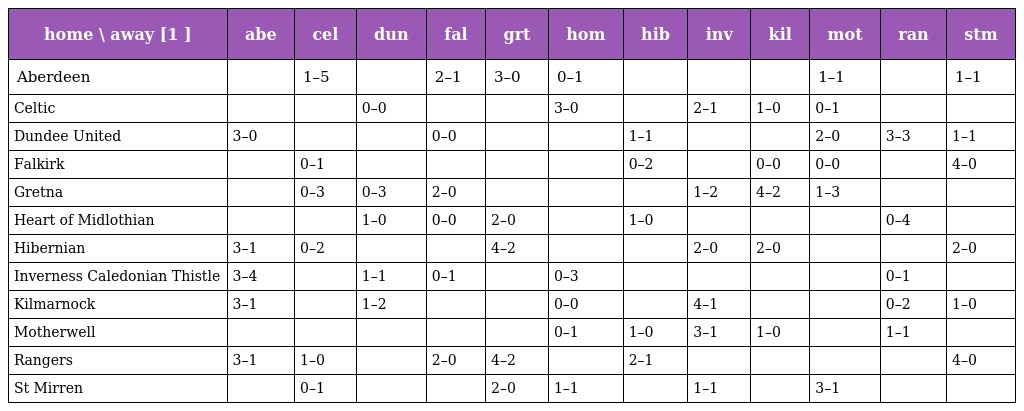
| home \ away [1 ] | abe | cel | dun | fal | grt | hom | hib | inv | kil | mot | ran | stm |
 | --- | --- | --- | --- | --- | --- | --- | --- | --- | --- | --- | --- | --- |
 | Aberdeen |  | 1–5 |  | 2–1 | 3–0 | 0–1 |  |  |  | 1–1 |  | 1–1 |
 | Celtic |  |  | 0–0 |  |  | 3–0 |  | 2–1 | 1–0 | 0–1 |  |  |
 | Dundee United | 3–0 |  |  | 0–0 |  |  | 1–1 |  |  | 2–0 | 3–3 | 1–1 |
 | Falkirk |  | 0–1 |  |  |  |  | 0–2 |  | 0–0 | 0–0 |  | 4–0 |
 | Gretna |  | 0–3 | 0–3 | 2–0 |  |  |  | 1–2 | 4–2 | 1–3 |  |  |
 | Heart of Midlothian |  |  | 1–0 | 0–0 | 2–0 |  | 1–0 |  |  |  | 0–4 |  |
 | Hibernian | 3–1 | 0–2 |  |  | 4–2 |  |  | 2–0 | 2–0 |  |  | 2–0 |
 | Inverness Caledonian Thistle | 3–4 |  | 1–1 | 0–1 |  | 0–3 |  |  |  |  | 0–1 |  |
 | Kilmarnock | 3–1 |  | 1–2 |  |  | 0–0 |  | 4–1 |  |  | 0–2 | 1–0 |
 | Motherwell |  |  |  |  |  | 0–1 | 1–0 | 3–1 | 1–0 |  | 1–1 |  |
 | Rangers | 3–1 | 1–0 |  | 2–0 | 4–2 |  | 2–1 |  |  |  |  | 4–0 |
 | St Mirren |  | 0–1 |  |  | 2–0 | 1–1 |  | 1–1 |  | 3–1 |  |  |